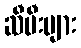
ဆီမီးများ